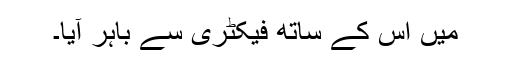
میں اس کے ساتھ فیکٹری سے باہر آیا۔